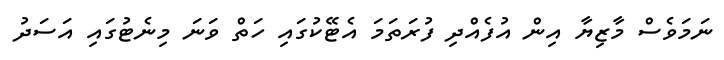
ނަމަވެސް މާޒިޔާ އިން އުފެއްދި ފުރަތަމަ އެޓޭކުގައި ހަތް ވަނަ މިނެޓުގައި އަސަދު